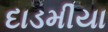
દાડમીયા